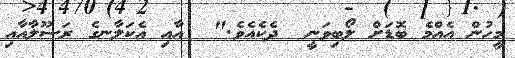
މީހުން އެއްމެ ބޮޑަށް ލޯބިވަނީ  ދެކެއެވެ."  އާއި އެކަލާނގެ ރަސޫލާއާއި